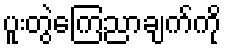
ပူးတွဲကြေညာချက်ကို